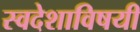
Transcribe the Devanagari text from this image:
स्वदेशाविषयी